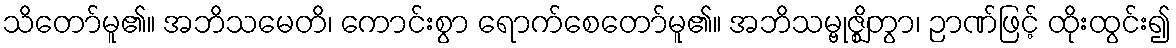
သိတော်မူ၏။ အဘိသမေတိ၊ ကောင်းစွာ ရောက်စေတော်မူ၏။ အဘိသမ္ဗုဇ္ဈိတွာ၊ ဉာဏ်ဖြင့် ထိုးထွင်း၍